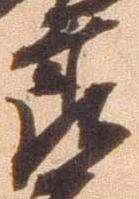
郎